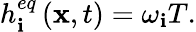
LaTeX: h_{\mathbf{i}}^{eq}\left({{\mathbf{{x}}},t}\right)={\omega_{\mathbf{i}}}T.